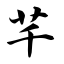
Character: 芊